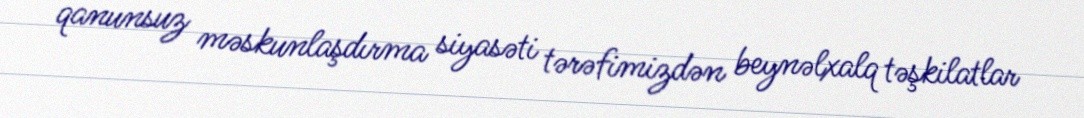
qanunsuz məskunlaşdırma siyasəti tərəfimizdən beynəlxalq təşkilatlar